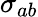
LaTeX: \sigma_{ab}